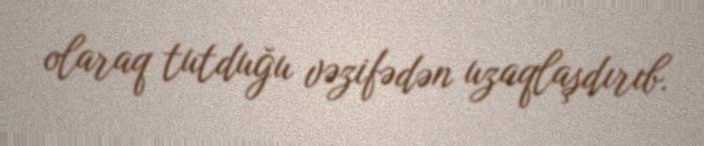
olaraq tutduğu vəzifədən uzaqlaşdırıb.